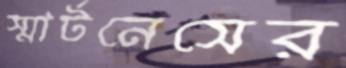
স্মার্টনেসের